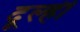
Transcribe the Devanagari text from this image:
दूल्ही